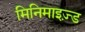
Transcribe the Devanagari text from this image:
मिनिमाइज़्ड